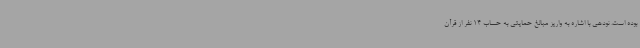
بوده است. نودهی با اشاره به واریز مبالغ حمایتی به حساب 14 نفر از قرآن